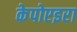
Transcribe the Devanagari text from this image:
केपोएइरा